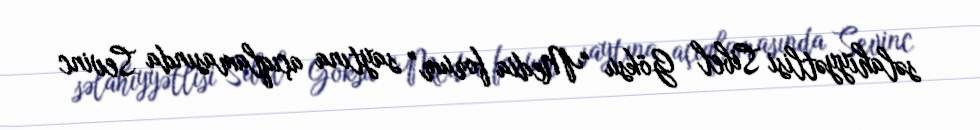
səlahiyyətlisi Sibel Göksu “Media forum” saytına açıqlamasında Sevinc